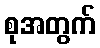
စုအတွက်